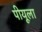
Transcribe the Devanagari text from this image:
पीयूला